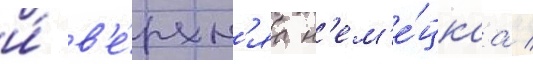
и́ в'е́рхн'яа н'ем'е́цкаа /